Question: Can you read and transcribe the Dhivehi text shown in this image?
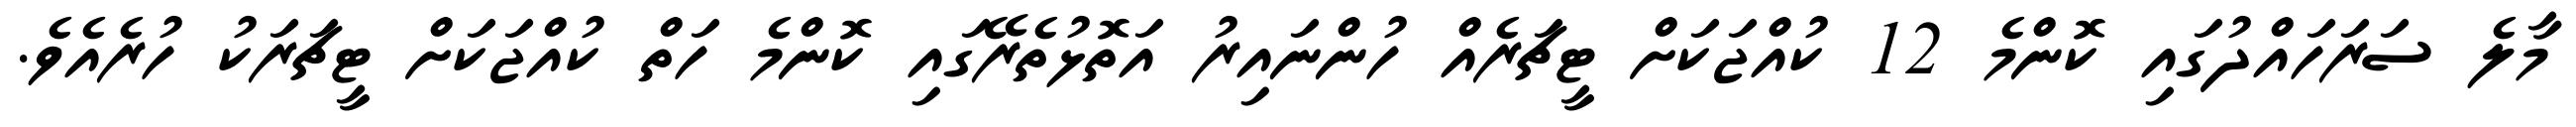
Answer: މާލެ ސަރަހައްދުގައި ކޮންމެ 12 ކުއްޖަކަށް ޓީޗަރެއް ހުންނައިރު އަތޮޅުތެރޭގައި ކޮންމެ ހަތް ކުއްޖަކަށް ޓީޗަރަކު ހުރެއެވެ.